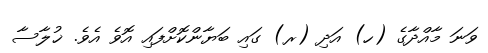
ވަނަ މާއްދާގެ (ހ) އަދި (ރ) ގައި ބަޔާންކޮށްފައި އޮވެ އެވެ. ޚުލާސާ